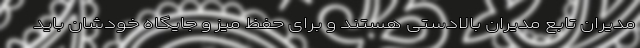
مدیران تابع مدیران بالادستی هستند و برای حفظ میز و جایگاه خودشان باید